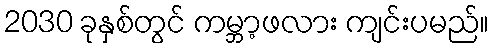
2030 ခုနှစ်တွင် ကမ္ဘာ့ဖလား ကျင်းပမည်။